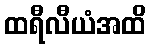
ထရီလီယံအထိ